Leaving Certificate Examination (including Day School Certificate (Higher) General paper), 1937
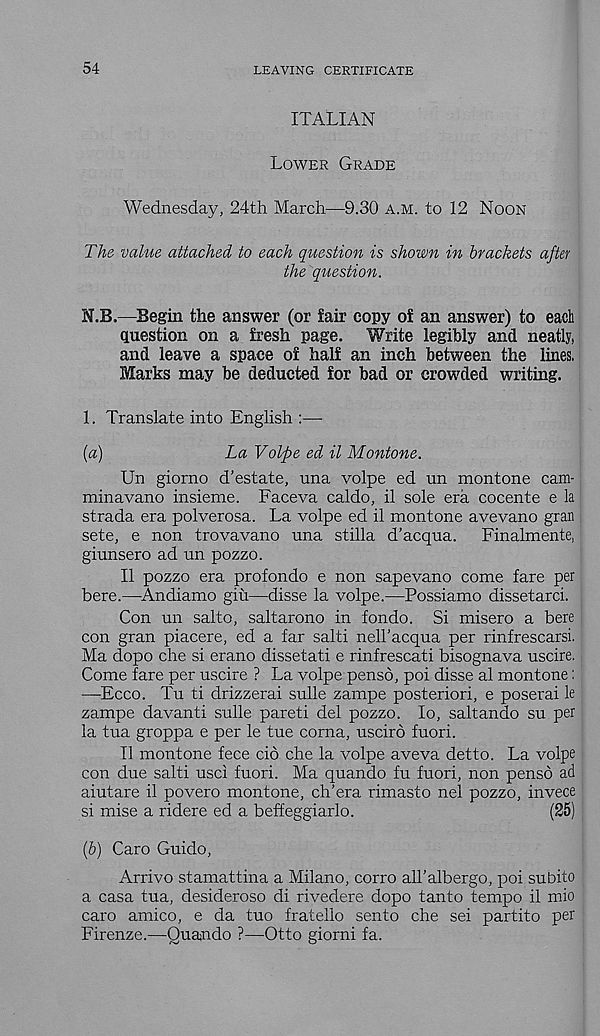
54
LEAVING CERTIFICATE
ITALIAN
Lower Grade
Wednesday, 24th March—9.30 a.m. to 12 Noon
The value attached to each question is shown in brackets after
the question.
N.B.—Begin the answer (or fair copy of an answer) to each
question on a fresh page. Write legibly and neatly,
and leave a space of half an inch between the lines.
Marks may be deducted for bad or crowded writing.
1. Translate into English :—
[a)
La Volpe ed il Montone.
Un giorno d'estate, una volpe ed un montone cam-
minavano insieme. Faceva caldo, il sole era cocente e la
strada era polverosa. La volpe ed il montone avevano gran
sete, e non trovavano una stilla d’acqua.
Finalmente,
giunsero ad un pozzo.
Il pozzo era profondo e non sapevano come fare per
here.—Andiamo giu—disse la volpe.—Possiamo dissetarci.
Con un salto, saltarono in fondo. Si misero a here
con gran piacere, ed a far salti nell’acqua per rinfrescarsi.
Ma dopo che si erano dissetati e rinfrescati bisognava uscire.
Come fare per uscire ? La volpe penso, poi disse al montone:
—Ecco. Tu ti drizzerai sulle zampe posteriori, e poserai le
zampe davanti sulle pareti del pozzo. lo, saltan do su per
la tua groppa e per le tue corna, usciro fuori.
Il montone fece cio che la volpe aveva detto. La volpe
con due salti usci fuori. Ma quando fu fuori, non penso ad
aiutare il povero montone, ch’era rimasto nel pozzo, invece
si mise a ridere ed a beffeggiarlo.
(25)
(&) Caro Guido,
Arrive stamattina a Milano, corro all'albergo, poi subito
a casa tua, desideroso di rivedere dopo tanto tempo il mio
caro amico, e da tuo fratello sento che sei partito per
Firenze.—Quaudo ?—Otto giorni fa.